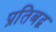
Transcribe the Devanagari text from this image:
प्रतिबद्व